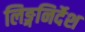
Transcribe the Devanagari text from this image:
लिङ्गनिर्देश